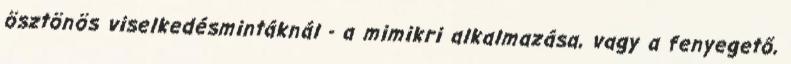
ösztönös viselkedésmintáknál - a mimikri alkalmazása, vagy a fenyegető,